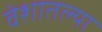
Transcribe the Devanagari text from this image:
वेशातल्या